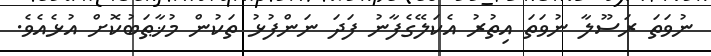
ނުވަތަ ރަސޫލާ ނުވަތަ އިތުރު އެކަލޭގެފާނު ފަދަ ނަންފުޅު ތަކުން މުޚާޠަބުކޮށް އުޅެއެވެ.